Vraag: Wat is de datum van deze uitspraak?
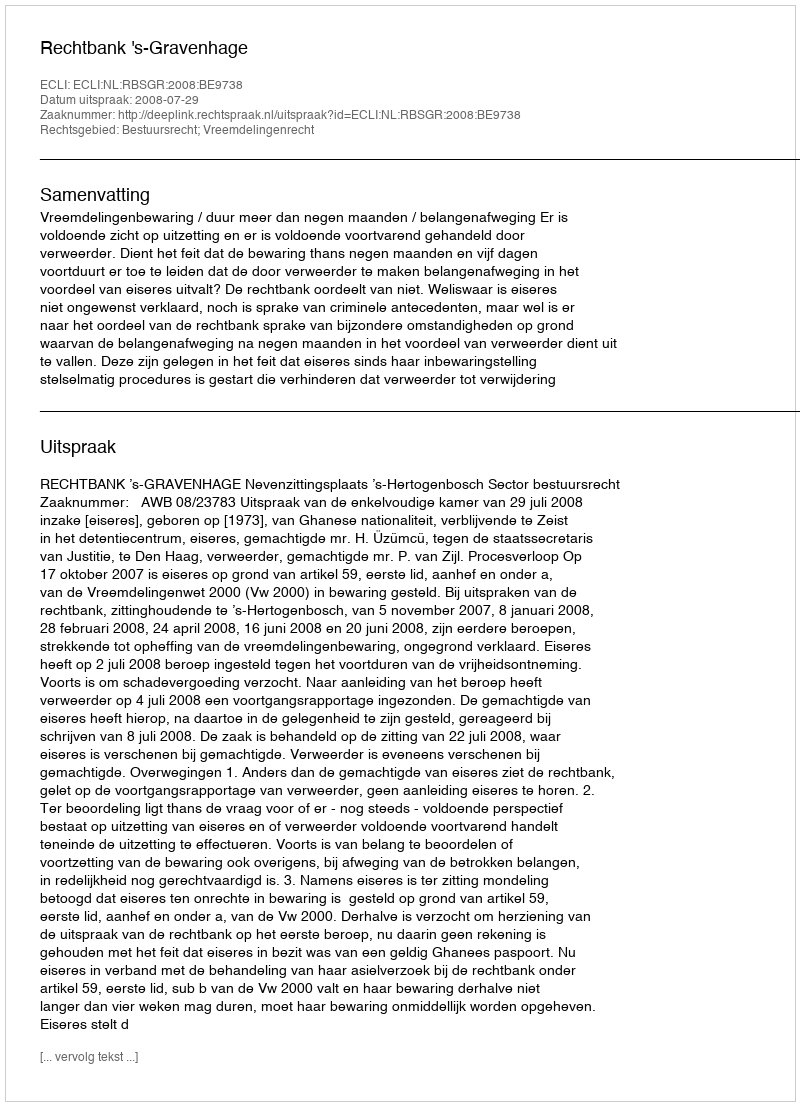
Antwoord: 2008-07-29